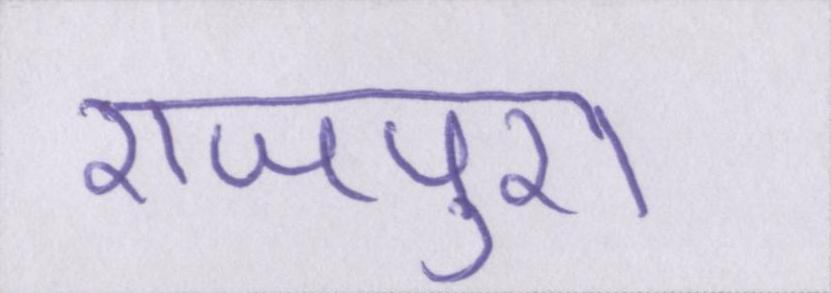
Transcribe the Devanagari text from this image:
राजपुरा